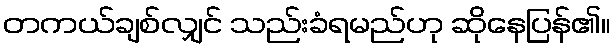
တကယ်ချစ်လျှင် သည်းခံရမည်ဟု ဆိုနေပြန်၏။